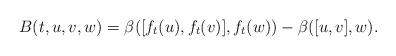
LaTeX: \begin{align*} B(t,u,v,w)=\beta([f_t(u),f_t(v)],f_t(w))-\beta([u,v],w).\end{align*}